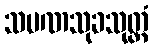
သမဏသုခသုတ္တံ